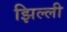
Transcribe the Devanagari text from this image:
झिल्‍ली